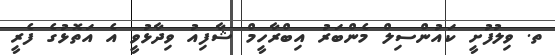
ތ. ވިލުފުށީ ކައުންސިލް މެންބަރު އިބްރާހީމް ޝާފިއު ވިދާޅުވީ އެ އަތޮޅުގެ ފެރީ